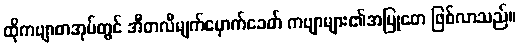
ထိုကဗျာစာအုပ်တွင် အီတလီမျက်မှောက်ခေတ် ကဗျာများ၏အမြုတေ ဖြစ်လာသည်။